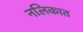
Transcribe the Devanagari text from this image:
नलिकात